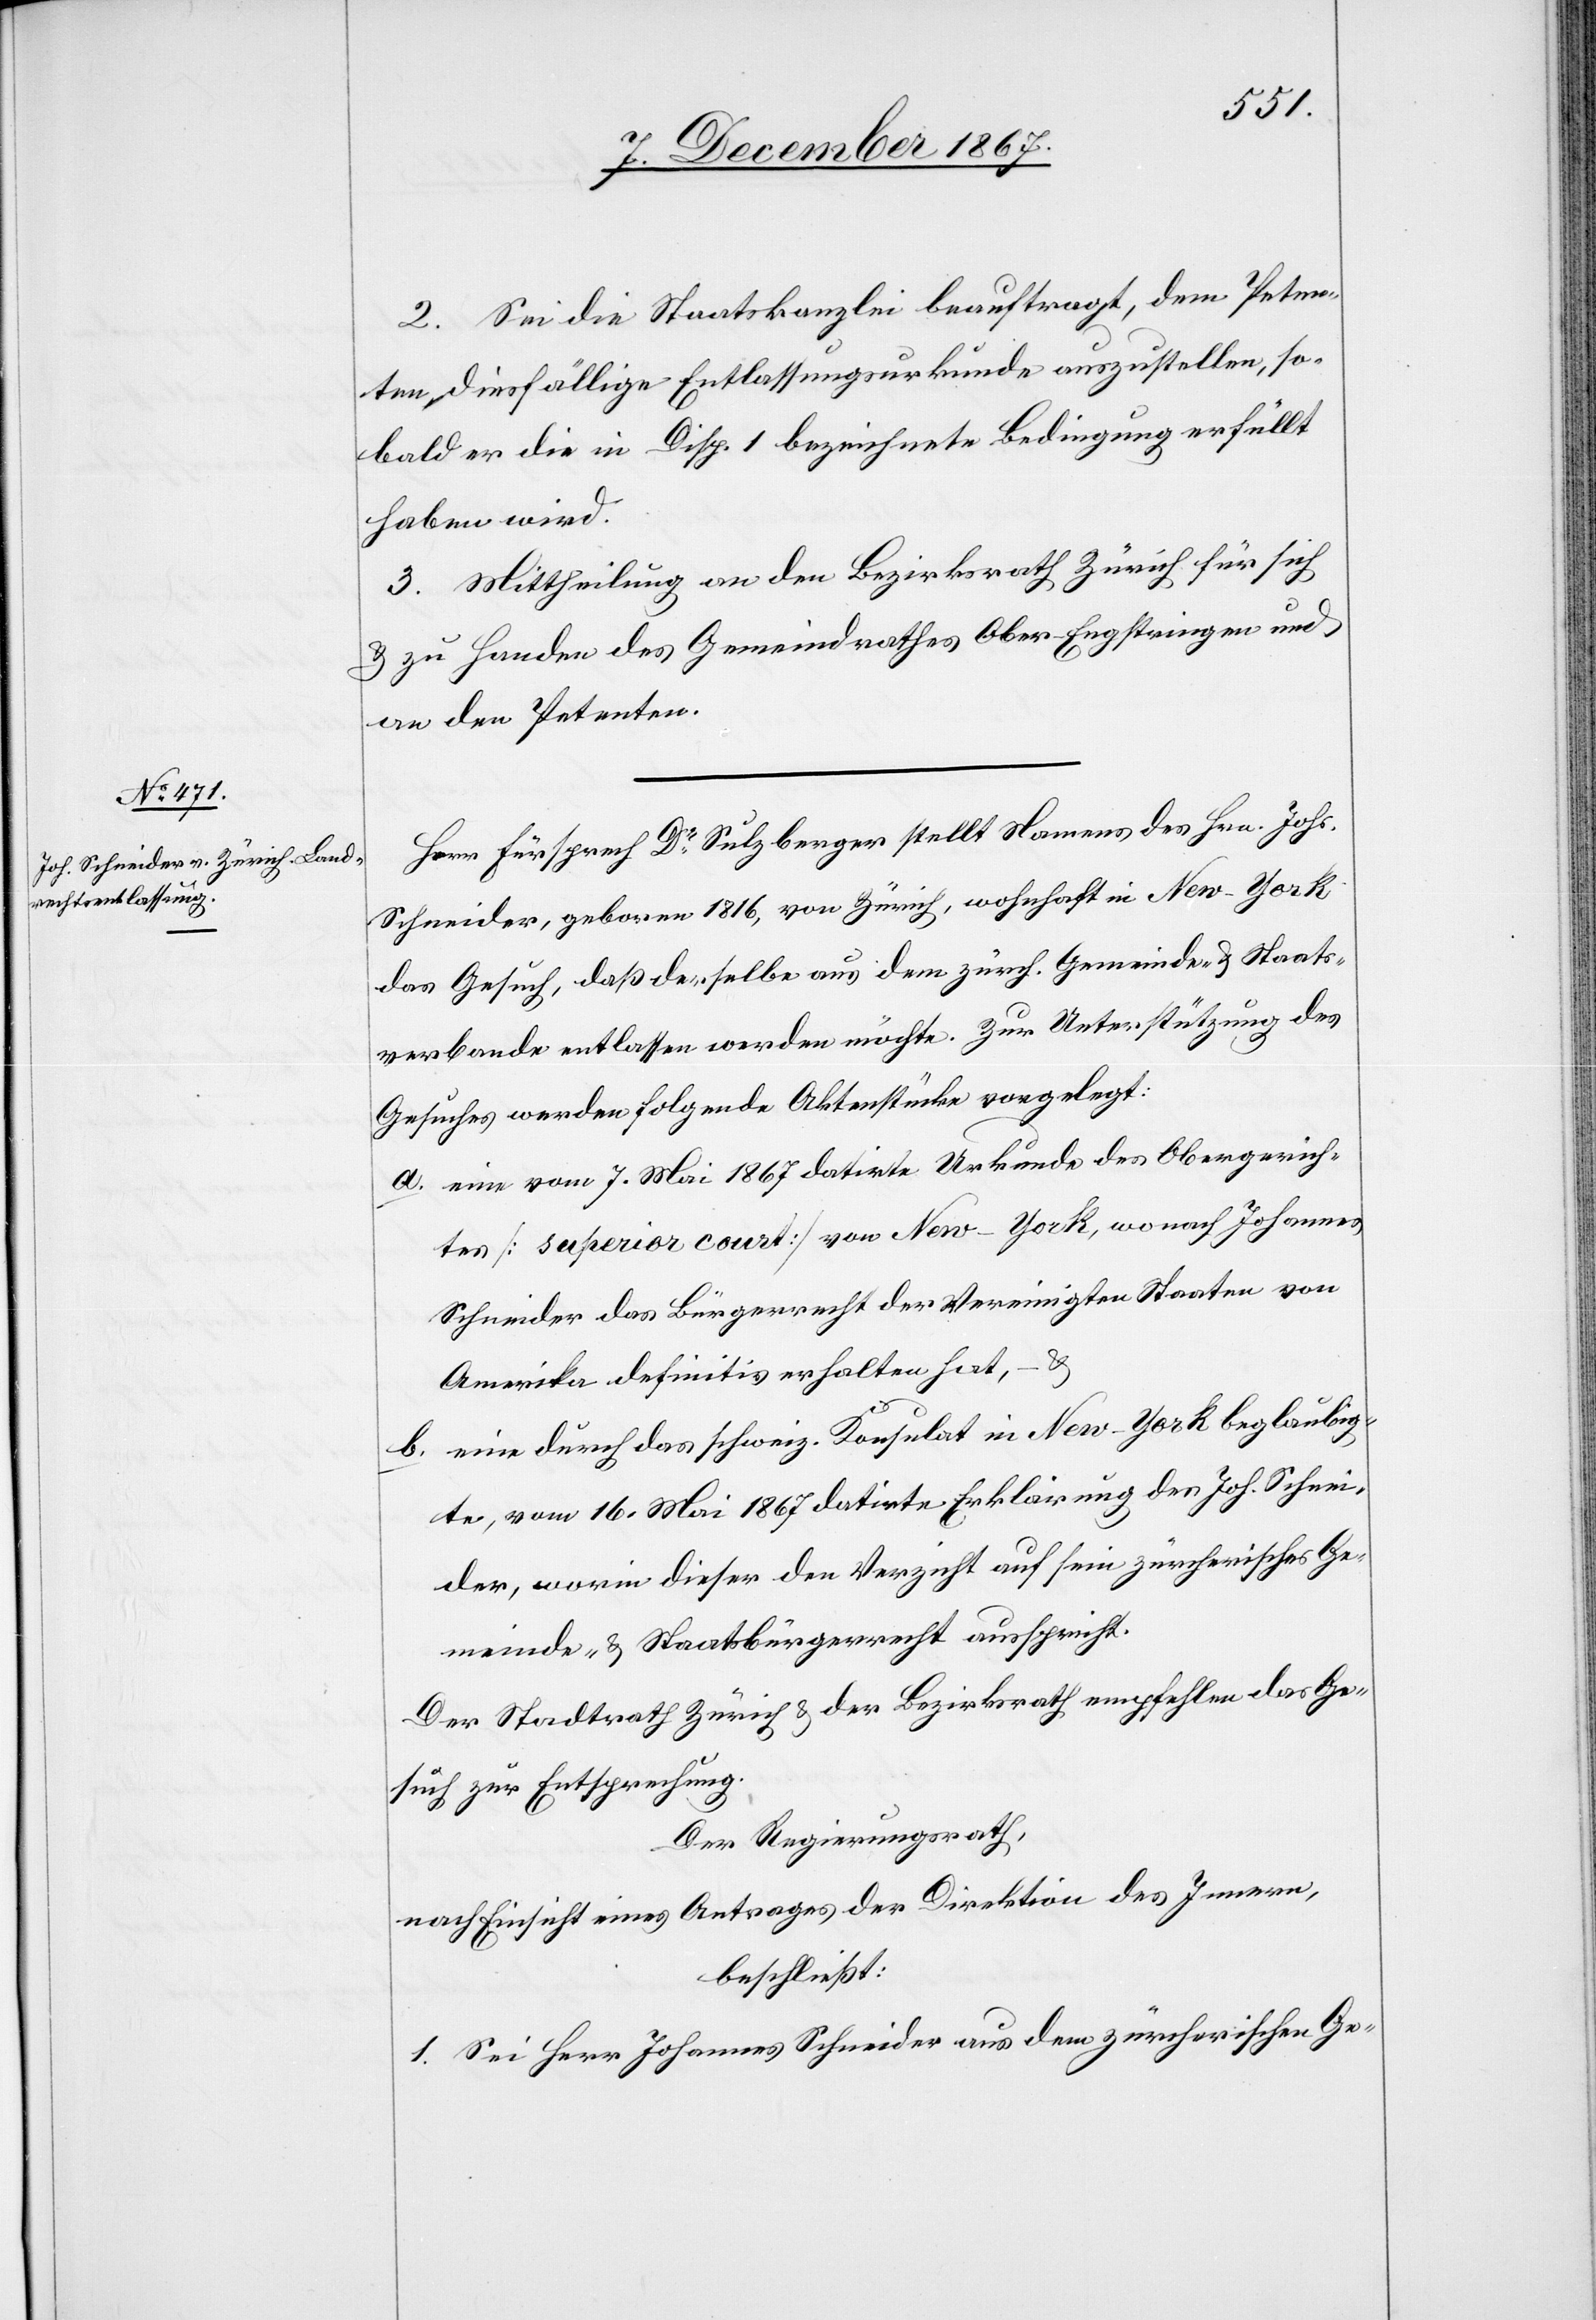
2. Sei die Staatskanzlei beauftragt, dem Peten¬
ten diesfällige Entlassungsurkunde auszustellen, so¬
bald er die in Disp. 1 bezeichnete Bedingung erfüllt
haben wird.
3. Mittheilung an den Bezirksrath Zürich für sich
u. zu Handen des Gemeindrathes Ober-Engstringen und
an den Petenten.
Herr Fürsprech Dr. Sulzberger stellt Namens des Hrn. Johs.
Schneider, geboren 1816, von Zürich, wohnhaft in New-York
das Gesuch, daß derselbe aus dem zürch. Gemeinde- u. Staats¬
verbande entlassen werden möchte. Zur Unterstützung des
Gesuches werden folgende Aktenstücke vorgelegt:
a. eine vom 7. Mai 1867 datirte Urkunde des Obergerich¬
tes [superior court] von New-York, wonach Johannes
Schneider das Bürgerrecht der Vereinigten Staaten von
Amerika definitiv erhalten hat, – u.
b. eine durch das schweiz. Konsulat in New-York beglaubig¬
te, vom 16. Mai 1867 datirte Erklärung des Joh. Schnei¬
der, worin dieser den Verzicht auf sein zürcherisches Ge¬
meinde- u. Staatsbürgerrecht ausspricht.
Der Stadtrath Zürich u. der Bezirksrath empfehlen das Ge¬
such zur Entsprechung.
Der Regierungsrath,
nach Einsicht eines Antrages der Direktion des Innern,
beschließt:
1. Sei Herr Johannes Schneider aus dem zürcherischen Ge-